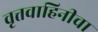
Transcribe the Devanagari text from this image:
वृत्तवाहिनीचा